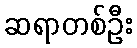
ဆရာတစ်ဦး